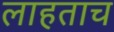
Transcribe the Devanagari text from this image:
लाहताच